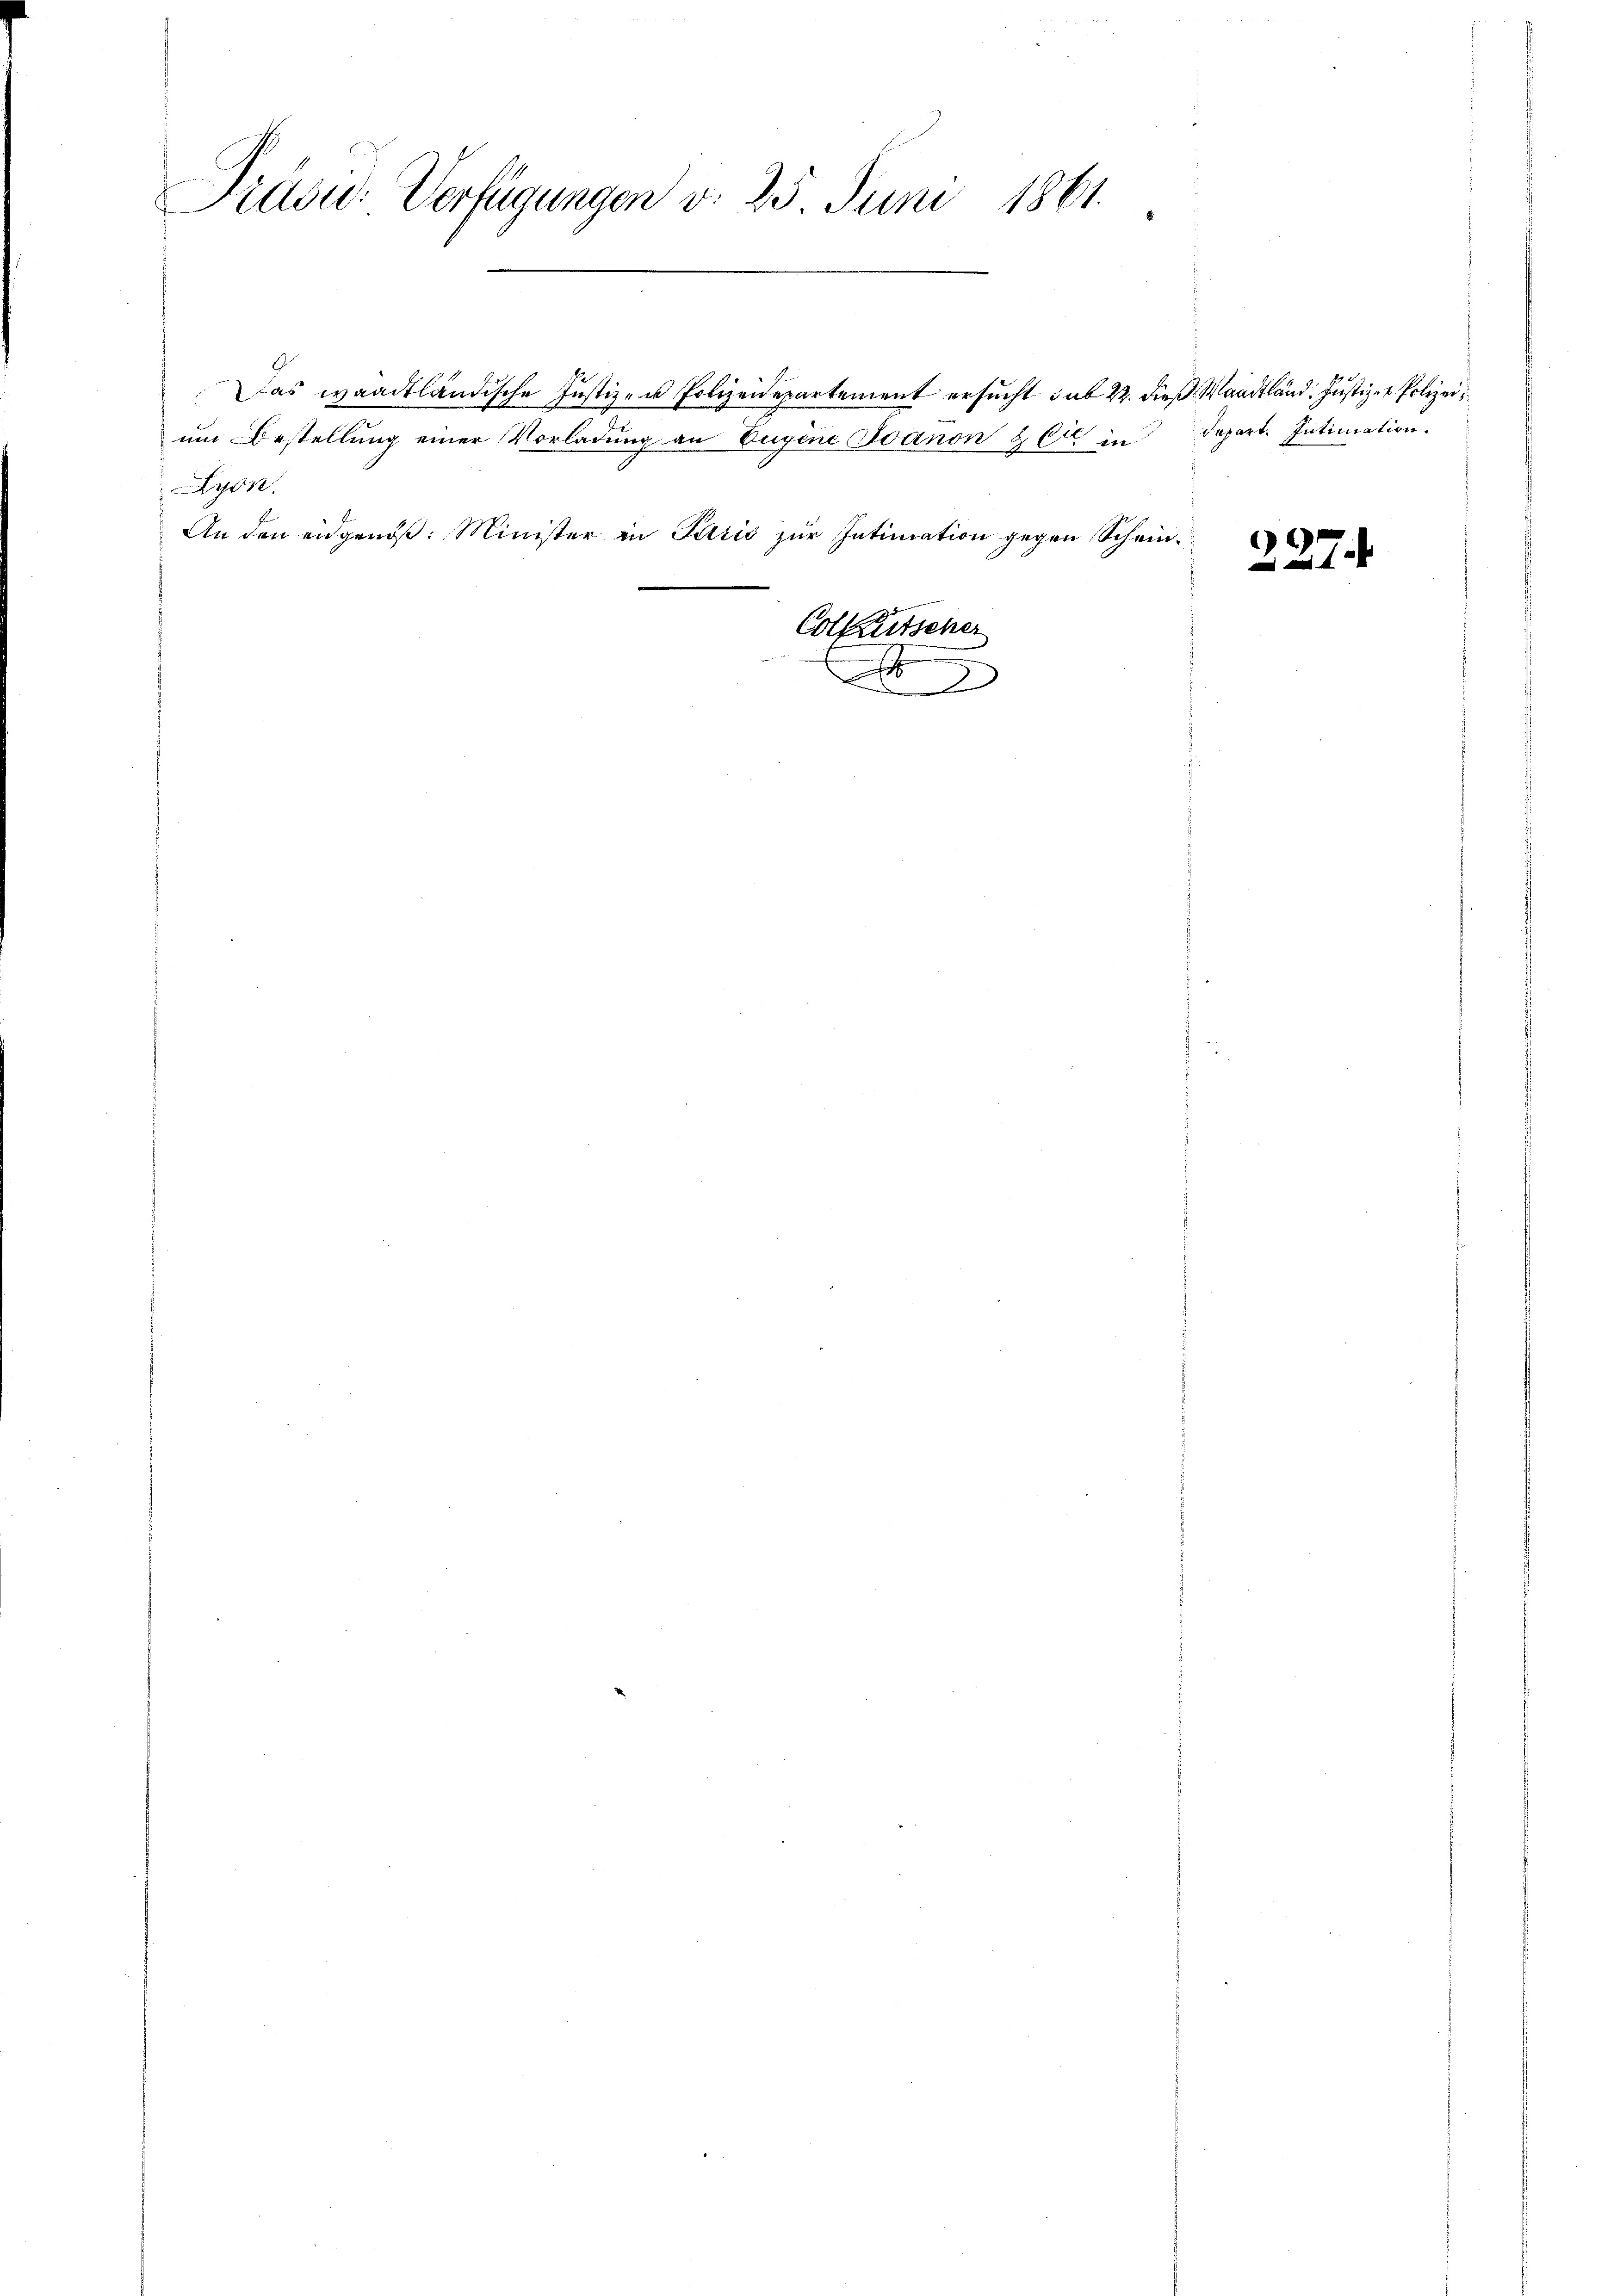
Pittsu- Verfügungen d. 25 Juni 1861.

yn.

Das waadtländische Justiz- u Polizeidepartement ersucht sub 22. dies Waadtländ. Justiz- & Polizei
um Bestellung einer Vorladung an Eugene Ioanon & Cie in Depart. Intimation.
An den eidgenöß: Minister in Paris zur Intimation gegen Schein¬
Colkentscher
1
9

)
xx